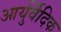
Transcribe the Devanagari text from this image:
आर्युर्वैदिक